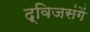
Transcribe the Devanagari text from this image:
द्विजसंगें